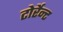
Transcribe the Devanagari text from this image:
टोर्रेन्ट